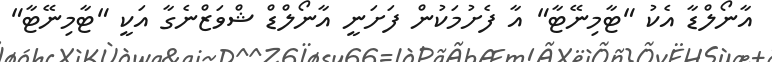
އާނޯލްޑާ އެކު "ޓާމިނޭޓާ" އާ ފެށުމަކުން ފަށަނީ އާނޯލްޑް ޝްވަޒްނެގާ އަކީ "ޓާމިނޭޓާ"